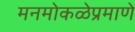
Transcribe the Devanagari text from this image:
मनमोकळेप्रमाणे